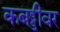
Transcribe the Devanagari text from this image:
कबड्डीवर